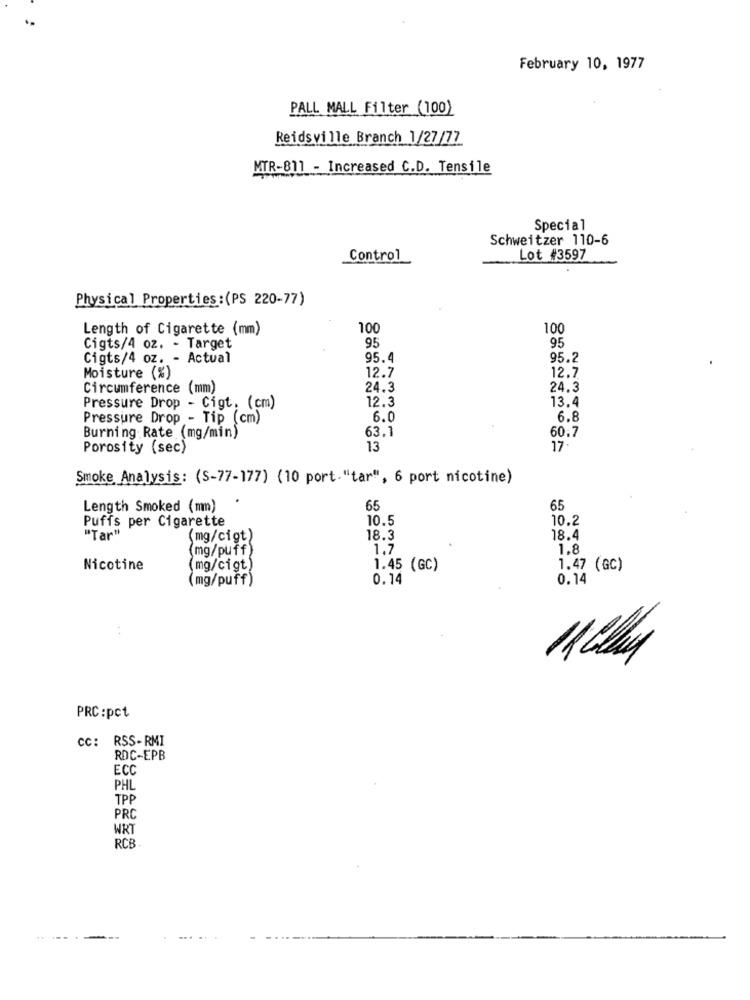
..
February 10, 1977
PALL MALL Filter (100)
Reidsville Branch 1/27/77
MTR-811 - Increased C.D. Tensile
Special
Schweitzer 110-6
Control
Lot #3597
Physical Properties:(PS 220-77)
Length of Cigarette (mm)
100
100
95
95
Cigts/4 oz. - Target
Cigts/4 oz. - Actual
95.4
95.2
12.7
12.7
Moisture (%)
Circumference (mm)
24.3
24.3
12.3
13.4
Pressure Drop - Cigt. (cm)
Pressure Drop - Tip (cm)
6.0
6.8
63.1
60.7
Burning Rate (mg/min)
Porosity (sec)
13
17.
Smoke Analysis: (S-77-177) (10 port. "tar", 6 port nicotine)
Length Smoked (mm)
65
65
10.5
10.2
Puffs per Cigarette
"Tar"
(mg/cigt)
18.3
18.4
(mg/puff)
1.7
1.8
Nicotine
(mg/cigt)
1.45 (GC)
1.47 (GC)
(mg/puff)
0.14
0.14
11 Clay
PRC:pct
Cc: RSS-RMI
RDC-EPB
ECC
PHL
TPP
PRO
WRT
RCB
--- .